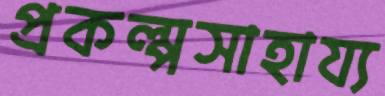
প্রকল্পসাহায্য